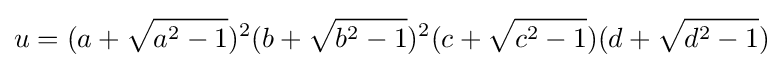
u=(a+{\sqrt {a^{2}-1}})^{2}(b+{\sqrt {b^{2}-1}})^{2}(c+{\sqrt {c^{2}-1}})(d+{\sqrt {d^{2}-1}})